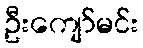
ဦးကျော်မင်း